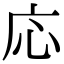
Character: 応